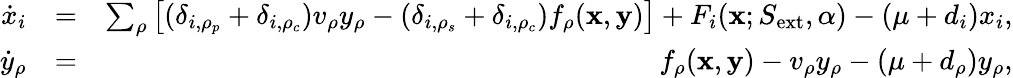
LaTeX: \begin{array}{rlr}{\dot{x}_{i}}&{=}&{\sum_{\rho}\left[(\delta_{i,\rho_{p}}+\delta_{i,\rho_{c}})v_{\rho}y_{\rho}-(\delta_{i,\rho_{s}}+\delta_{i,\rho_{c}})f_{\rho}({\mathbf x},{\mathbf y})\right]+F_{i}(\textbf{x};S_{\mathrm{ext}},\alpha)-(\mu+d_{i})x_{i},}\\ {\dot{y}_{\rho}}&{=}&{f_{\rho}({\mathbf x},{\mathbf y})-v_{\rho}y_{\rho}-(\mu+d_{\rho})y_{\rho},}\end{array}